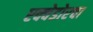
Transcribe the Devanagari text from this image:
एक्वेडोरचा